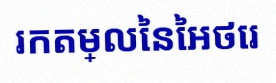
រកតម្លៃនៃអថេរ